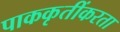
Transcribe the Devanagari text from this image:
पाककृतींकरता